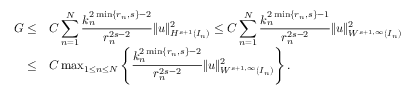
\begin{array} { r l } { G \le } & { \displaystyle C \sum _ { n = 1 } ^ { N } \displaystyle \frac { k _ { n } ^ { 2 \operatorname* { m i n } \{ r _ { n } , s \} - 2 } } { r _ { n } ^ { 2 s - 2 } } \| u \| _ { H ^ { s + 1 } ( I _ { n } ) } ^ { 2 } \le C \displaystyle \sum _ { n = 1 } ^ { N } \displaystyle \frac { k _ { n } ^ { 2 \operatorname* { m i n } \{ r _ { n } , s \} - 1 } } { r _ { n } ^ { 2 s - 2 } } \| u \| _ { W ^ { s + 1 , \infty } ( I _ { n } ) } ^ { 2 } } \\ { \le } & { C \operatorname* { m a x } _ { 1 \le n \le N } \left\{ \displaystyle \frac { k _ { n } ^ { 2 \operatorname* { m i n } \{ r _ { n } , s \} - 2 } } { r _ { n } ^ { 2 s - 2 } } \| u \| _ { W ^ { s + 1 , \infty } ( I _ { n } ) } ^ { 2 } \right\} . } \end{array}